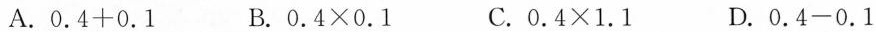
A.$$0.4+0.1$$ B.$$0.4\times0.1 $$C.$$0.4\times1.1$$ D.$$0.4-0.1$$